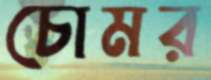
চোমর